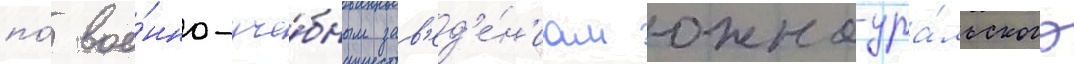
по́ вое́нно-уче́бным зав'ед'е́н'иам южно-ура́льского